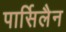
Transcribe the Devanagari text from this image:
पार्सिलैन